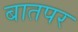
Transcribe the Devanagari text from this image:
बातपर